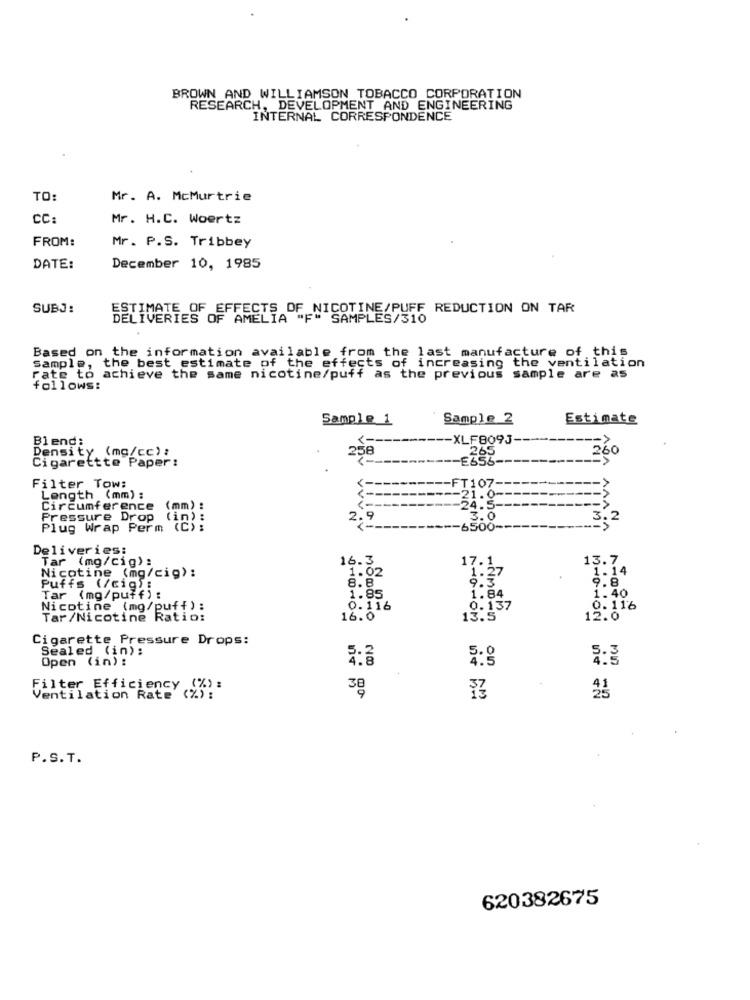
BROWN AND WILLIAMSON TOBACCO CORPORATION
RESEARCH, DEVELOPMENT AND ENGINEERING
INTERNAL CORRESPONDENCE
TO:
Mr. A. McMurtrie
CC:
Mr. H.C. Woertz
FROM:
Mr. P.S. Tribbey
DATE:
December 10, 1985
SUBJ:
ESTIMATE OF EFFECTS OF NICOTINE/PUFF REDUCTION ON TAR
DELIVERIES OF AMELIA "F" SAMPLES/310
Based on the information available from the last manufacture of this
Sample, the best estimate of the effects of increasing the ventilation
rate to achieve the same nicotine/puff as the previous sample are as
follows:
Sample 1
Sample 2
Estimate
-- XLF809J
Blend:
Density (mg/cc) :
258
265
Cigarettte Paper:
<----
FT107-
Filter Tow:
Length (mm) :
1-
-21.0-
Circumference
(mm) :
-----
-24.5-
Pressure Drop
(in) :
Plug Wrap Perm
-----
-- 6500-
Deliveries:
Tar (mg/cig) :
16.3
13.7
Nicotine (mg/cig):
1.02
17. 1
1. 14
‘1:27
9.8
Puffs (/cig):
8.8
1.40
Tar (mg/puff) :
1.85
1.84
Nicotine (mg/puff):
0.116
0.137
9. 116
Tar/Nicotine Ratio:
16.0
13.5
12.0
Cigarette Pressure Drops:
Sealed (in):
Open (in) :
Filter Efficiency (%):
38
Ventilation Rate (%):
P.S.T.
620382675